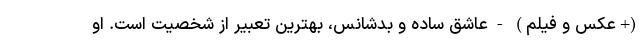
(+عکس و فیلم) - عاشق ساده و بدشانس، بهترین تعبیر از شخصیت است. او